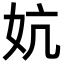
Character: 妔